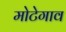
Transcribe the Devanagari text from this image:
मोटेगाव